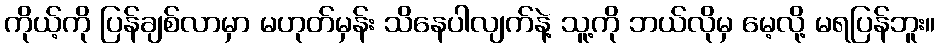
ကိုယ့်ကို ပြန်ချစ်လာမှာ မဟုတ်မှန်း သိနေပါလျက်နဲ့ သူ့ကို ဘယ်လိုမှ မေ့လို့ မရပြန်ဘူး။